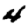
Digit: 4